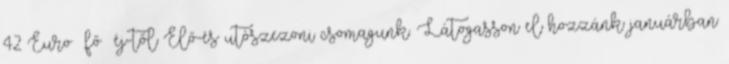
42 Euro fő éj-től Elő-és utószezoni csomagunk. Látogasson el hozzánk januárban